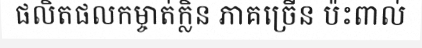
ផលិតផលកម្ចាត់ក្លិន ភាគច្រើន ប៉ះពាល់